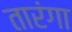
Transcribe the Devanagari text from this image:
तारंगा